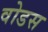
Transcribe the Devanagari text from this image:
वोडस